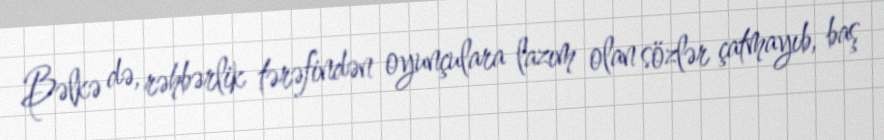
Bəlkə də, rəhbərlik tərəfindən oyunçulara lazım olan sözlər çatmayıb, baş